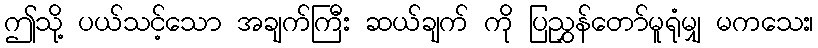
ဤသို့ ပယ်သင့်သော အချက်ကြီး ဆယ်ချက် ကို ပြညွှန်တော်မူရုံမျှ မကသေး၊